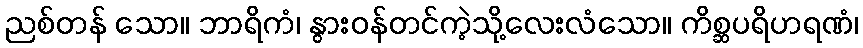
ညစ်တန် သော။ ဘာရိကံ၊ နွားဝန်တင်ကဲ့သို့လေးလံသော။ ကိစ္ဆပရိဟရဏံ၊